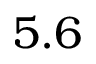
5 . 6